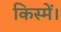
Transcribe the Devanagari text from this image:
किस्में।